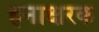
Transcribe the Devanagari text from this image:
हनाक्षरक